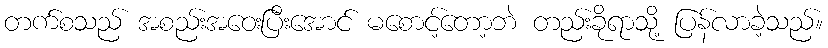
တက်စသည် အစည်းအဝေးပြီးအောင် မစောင့်တော့ဘဲ တည်းခိုရာသို့ ပြန်လာခဲ့သည်။